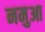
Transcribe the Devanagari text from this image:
नमुआ